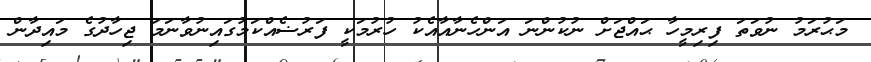
މަޙުރަމު ނުވަތަ ފިރިމީހާ ޙައްޖަށް ނުކުންނަ އަންހެނާއާއެކު ހުރުމަކީ ފަރުޟެއްކަމުގައިނުވާނަމަ ޖިހާދުގެ މައިދާން